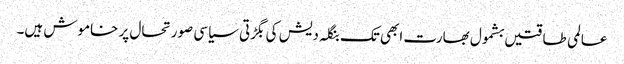
عالمی طاقتیں بشمول بھارت ابھی تک بنگلہ دیش کی بگڑتی سیاسی صورتحال پر خاموش ہیں۔